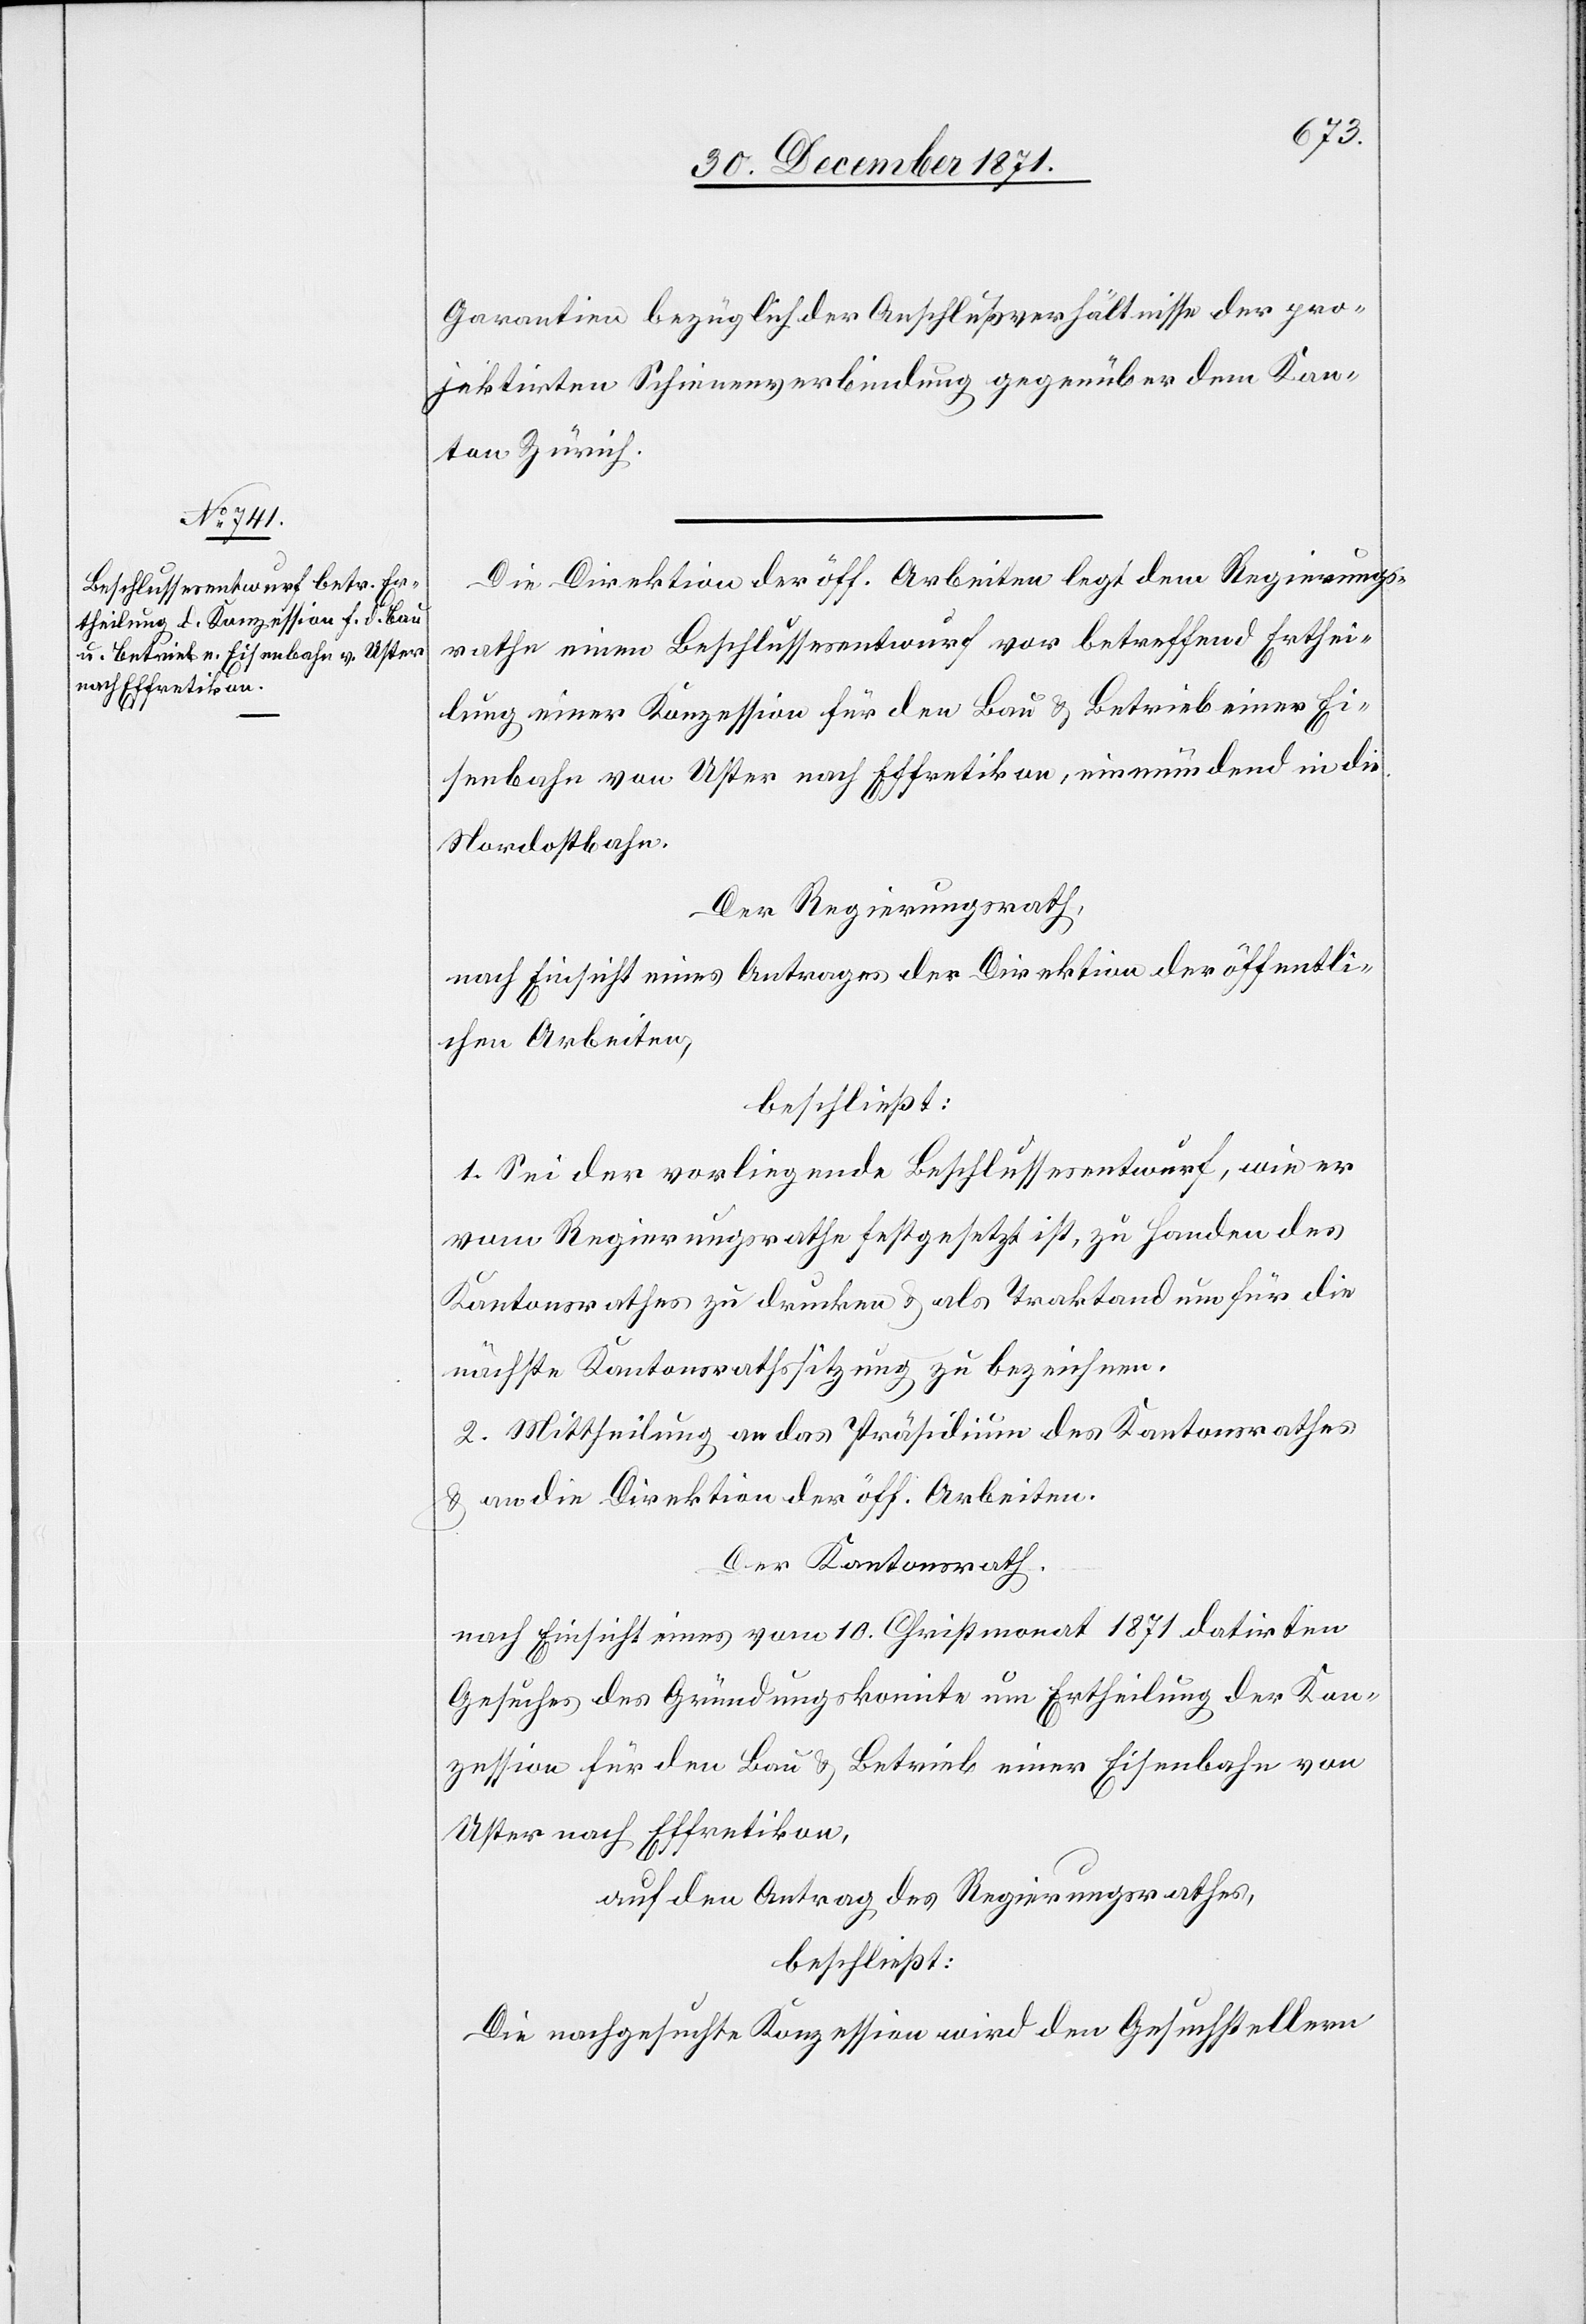
Garantien bezüglich der Anschlußverhältnisse der pro¬
jektirten Schienenverbindung gegenüber dem Kan¬
ton Zürich.
Die Direktion der öff. Arbeiten legt dem Regierungs¬
rathe einen Beschlussesentwurf vor betreffend Erthei¬
lung einer Konzession für den Bau & Betrieb einer Ei¬
senbahn von Uster nach Effretikon, einmündend in die
Nordostbahn.
Der Regierungsrath,
nach Einsicht eines Antrages der Direktion der öffentli¬
chen Arbeiten,
beschließt:
1. Sei der vorliegende Beschlussesentwurf, wie er
vom Regierungsrathe festgesetzt ist, zu Handen des
Kantonsrathes zu drucken & als Traktandum für die
nächste Kantonsrathssitzung zu bezeichnen.
2. Mittheilung an das Präsidium des Kantonsrathes
& an die Direktion der öff. Arbeiten.
Der Kantonsrath,
nach Einsicht eines vom 10. Christmonat 1871 datirten
Gesuches des Gründungskomite um Ertheilung der Kon¬
zession für den Bau & Betrieb einer Eisenbahn von
Uster nach Effretikon,
auf den Antrag des Regierungsrathes,
beschließt:
Die nachgesuchte Konzession wird den Gesuchsstellern